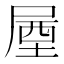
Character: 𡲙